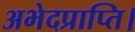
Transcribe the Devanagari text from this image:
अभेदप्राप्ति।